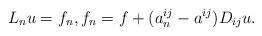
LaTeX: \begin{align*}L_n u=f_n,f_n=f+(a^{ij}_n-a^{ij})D_{ij}u.\end{align*}